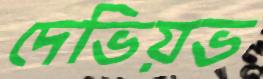
দেভিয়ভ